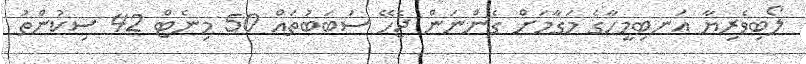
ލޯބިވެރިޔާ އަނބިމީހާގެ މަގާމަށް ގެންނަން ޖެހޭ ސަބަބުތައް 50 މިނެޓް 42 ސިކުންތު